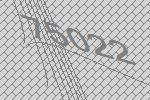
75022